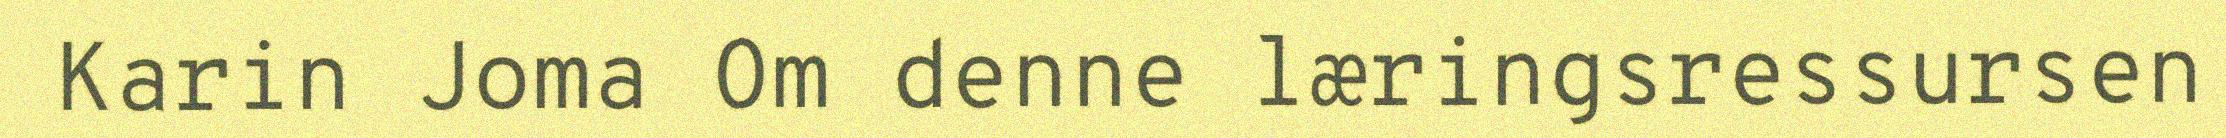
Karin Joma Om denne læringsressursen